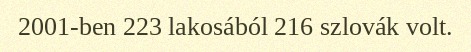
2001-ben 223 lakosából 216 szlovák volt.